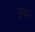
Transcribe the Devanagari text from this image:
इनम